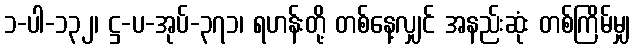
၁-ပါ-၁၃၂၊ ဋ္ဌ-ပ-အုပ်-၃၇၁၊ ရဟန်းတို့ တစ်နေ့လျှင် အနည်းဆုံး တစ်ကြိမ်မျှ